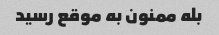
بله ممنون به موقع رسید